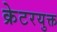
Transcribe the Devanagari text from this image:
क्रेटरयुक्त